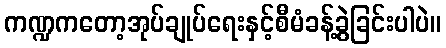
ကဏ္ဍကတော့အုပ်ချုပ်ရေးနှင့်စီမံခန့်ခွဲခြင်းပါပဲ။